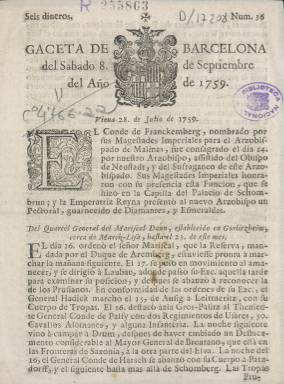
Título: Gaceta de Barcelona (1750)
Otros títulos: Título: Gazeta de Barcelona, <6 oct. 1802-3 nov. 1802>
Colección: Gacetas
Ámbito geográfico: Barcelona
Lugar de publicación: Barcelona
Fechas: 08/09/1759-03/11/1802